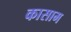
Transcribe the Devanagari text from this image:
कासाम